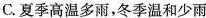
C.夏季高温多雨，冬季温和少雨